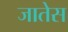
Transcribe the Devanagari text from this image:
जातेस